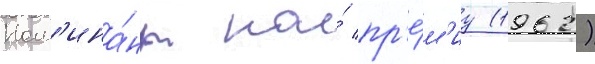
Ном'ина́нт на́ пр'е́м'иу (1962)